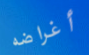
أغراضه